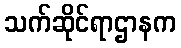
သက်ဆိုင်ရာဌာနက